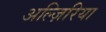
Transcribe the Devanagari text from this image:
अल्ज़िरिया